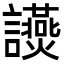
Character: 𧮃